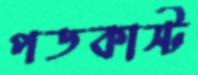
পডকাস্ট